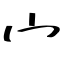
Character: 宀